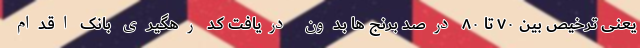
یعنی ترخیص بین ۷۰ تا ۸۰ درصد برنج ها بدون دریافت کد رهگیری بانک اقدام